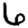
Digit: 6